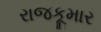
રાજકૂમાર